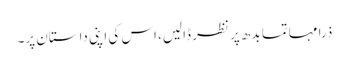
ذرا مہاتما بدھ پر نظر ڈالیں، اس کی اپنی داستان پر۔